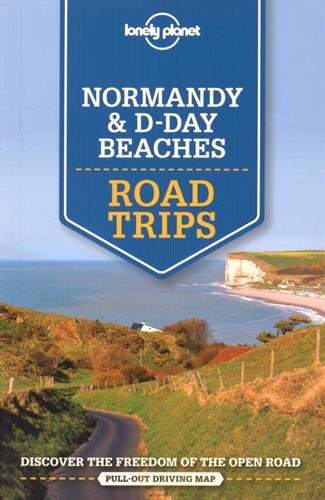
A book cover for Lonely Planet Normandy & D-Day Beaches Road Trips (Travel Guide); Lonely Planet; Travel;